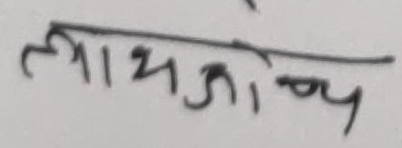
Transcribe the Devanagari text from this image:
लाभजोय